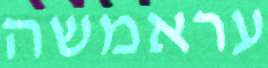
עראמשה